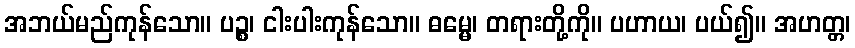
အဘယ်မည်ကုန်သော။ ပဉ္စ၊ ငါးပါးကုန်သော။ ဓမ္မေ၊ တရားတို့ကို။ ပဟာယ၊ ပယ်၍။ အဟတ္တ၊